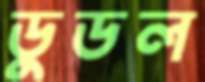
ডুডল